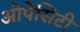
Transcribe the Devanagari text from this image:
ओपेसिटी